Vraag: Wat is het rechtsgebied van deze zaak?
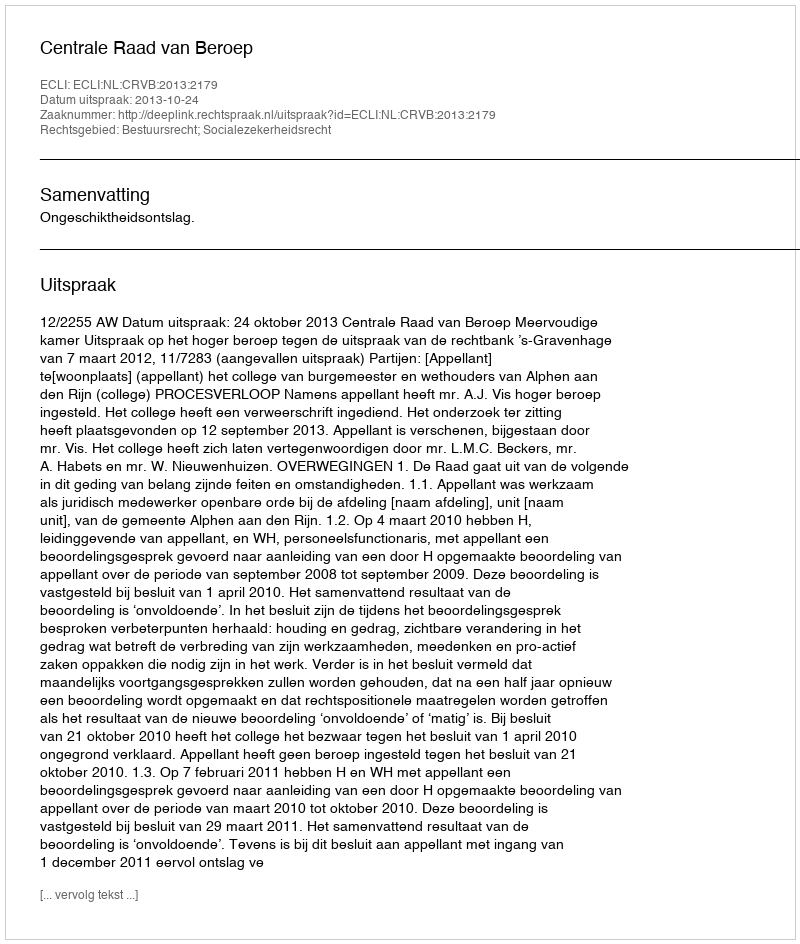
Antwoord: Bestuursrecht; Socialezekerheidsrecht